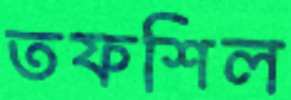
তফশিল